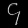
Digit: ၄